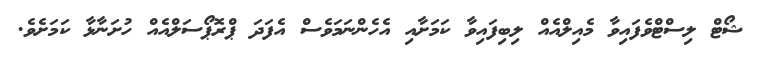
ޝޯޓް ލިސްޓްވެފައިވާ މެއިލްއެއް ލިބިފައިވާ ކަމަށާއި އެހެންނަމަވެސް އެފަދަަ ޕްރޮޕޯސަލްއެއް ހުށަނާޅާ ކަމަށެވެ.